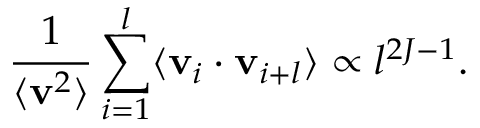
\frac { 1 } { \langle \mathbf { v } ^ { 2 } \rangle } \sum _ { i = 1 } ^ { l } \langle \mathbf { v } _ { i } \cdot \mathbf { v } _ { i + l } \rangle \propto l ^ { 2 J - 1 } .